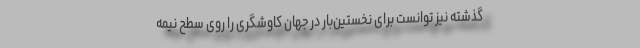
گذشته نیز توانست برای نخستین‌بار در جهان کاوشگری را روی سطح نیمهٔ